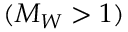
( M _ { W } > 1 )